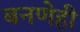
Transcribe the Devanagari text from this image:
बनणेही